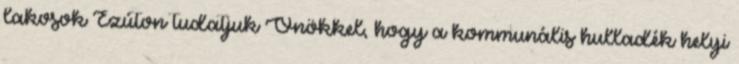
lakosok Ezúton tudatjuk Önökkel, hogy a kommunális hulladék helyi